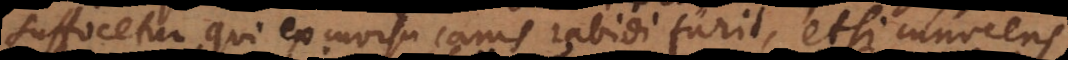
suffocetur qui ex morsu canis rabidi furit, etsi innocens.